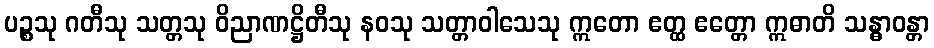
ပဉ္စသု ဂတီသု သတ္တသု ဝိညာဏဋ္ဌိတီသု နဝသု သတ္တာဝါသေသု ဣတော ဧတ္ထ ဧတ္တော ဣဓာတိ သန္ဓာဝန္တာ